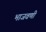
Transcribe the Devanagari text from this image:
भाजवणी